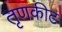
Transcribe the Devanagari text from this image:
तृणकीट